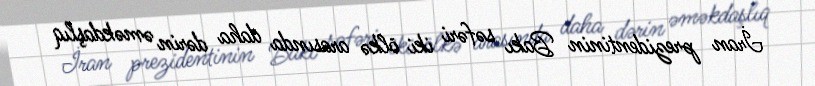
İran prezidentinin Bakı səfəri iki ölkə arasında daha dərin əməkdaşlıq